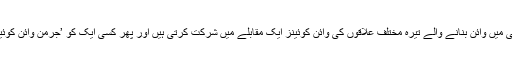
ہر سال ستمبر ميں جرمنی ميں وائن بنانے والے تيرہ مختلف علاقوں کی وائن کوئينز ايک مقابلے ميں شرکت کرتی ہيں اور پھر کسی ايک کو ’جرمن وائن کوئين‘ کا اعزاز ديا جاتا ہے۔